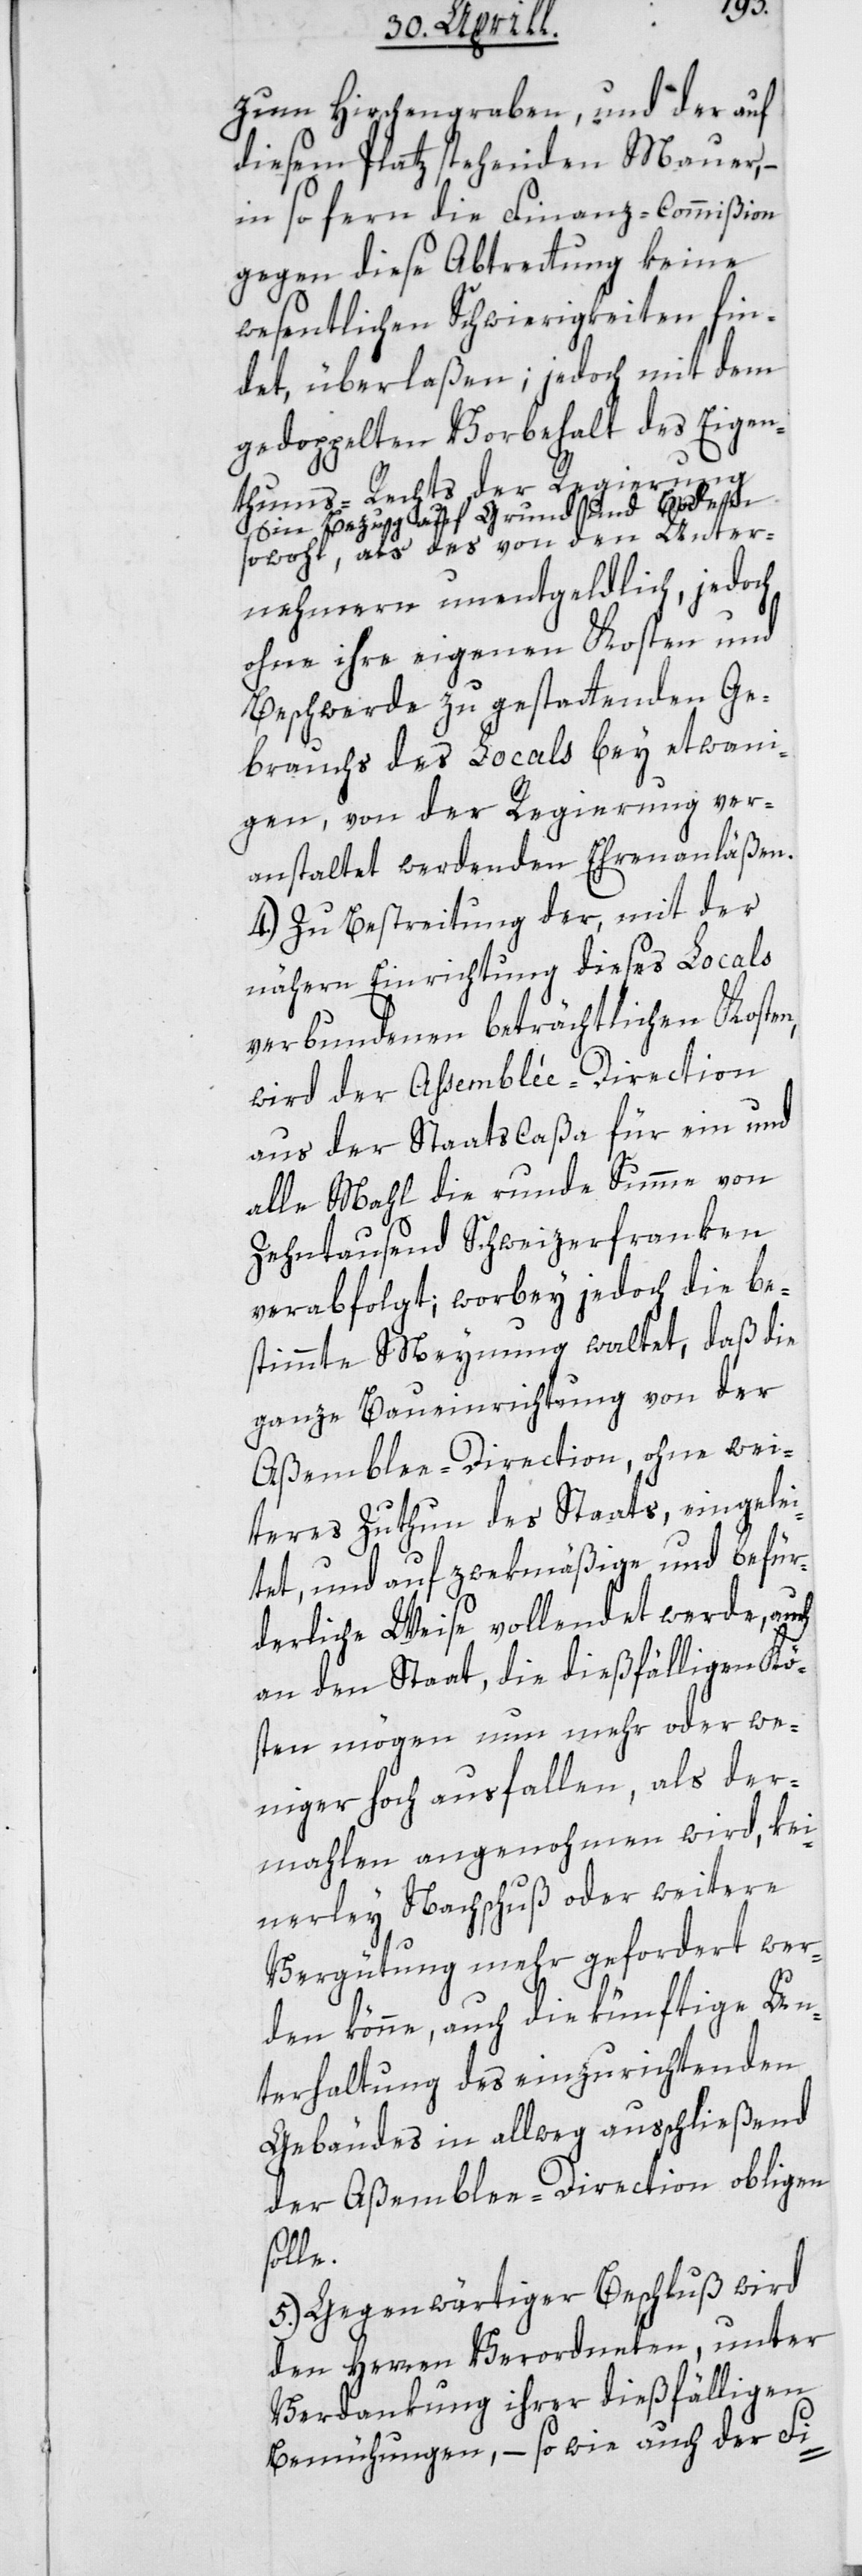
zum Hirschengraben, und der auf
diesem Platz stehenden Mauer,
insofern die Finanz-Commißion
gegen diese Abtrettung keine
wesentlichen Schwierigkeiten fin¬
det, überlaßen; jedoch mit dem
gedoppelten Vorbehalt des Eigen¬
tum-Rechts der Regierung
in Bezug auf Grund und Boden
sowohl, als das von den Unter¬
nehmern unentgeldlich, jedoch
ohne ihre eigenen Kosten und
Beschwerde zu gestattenden Ge¬
brauchs des Locals bey etwanni¬
gen, von der Regierung ver¬
anstaltet werdenden Ehrenanläßen.
4.) Zu Bestreitung der, mit der
nähern Einrichtung dieses Locals
verbundenen beträchtlichen Kosten,
wird der Assemblée-Direction
aus der Staatscaßa für ein und
alle Mahl die runde Summe von
Zehntausend Schweizerfranken
verabfolgt; wobey jedoch die be¬
stimmte Meynung waltet, daß die
ganze Baueinrichtung von der
Aßemblee-Direction, ohne wei¬
teres Zuthun des Staats, eingelei¬
tet und auf zwekmäßige und befür¬
derliche Weise vollendet werde, auch
an den Staat, die dießfälligen Kös¬
ten mögen nun mehr oder we¬
niger hoch ausfallen, als der¬
mahlen angenohmen wird, kei¬
nerley Nachschuß oder weitere
Vergütung mehr gefordert wer¬
den könne, auch die künftige Un¬
terhaltung des einzurichtenden
Gebäudes in allweg ausschließend
der Aßemblee-Direction obliegen
solle.
5.) Gegenwärtiger Beschluß wird
den Herren Verordneten, unter
Verdankung ihrer dießfälligen
Bemühungen, – so wie auch der Fi-